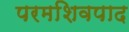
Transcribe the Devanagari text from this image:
परमशिवपाद